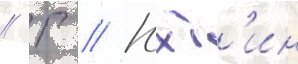
// Г // Юхт'ин